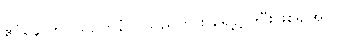
ဧဝံနောက်ဝယ်ဥတူနံ ပါသည်ကား ရှေ့၌ပါပြီးဖြစ်၍အပို၊)